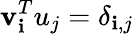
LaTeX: \mathbf{v}_{\mathbf{i}}^{T}u_{j}=\delta_{\mathbf{i},j}